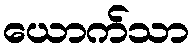
ယောက်သာ